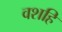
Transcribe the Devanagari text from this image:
वशहि